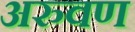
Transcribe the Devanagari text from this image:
अरुवण